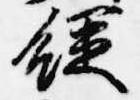
経